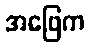
အဖြေက